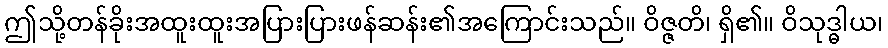
ဤသို့တန်ခိုးအထူးထူးအပြားပြားဖန်ဆန်း၏အကြောင်းသည်။ ဝိဇ္ဇတိ၊ ရှိ၏။ ဝိသုဒ္ဓါယ၊